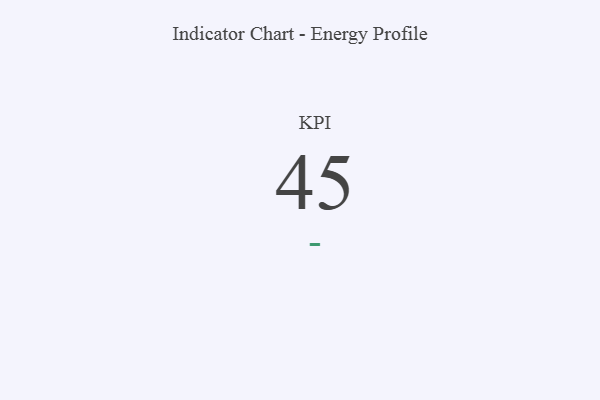
{"axis": {"x": "KPI", "y": "Value"}, "legend": [""], "data": [{"x": "KPI", "y": 45, "type": ""}]}